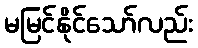
မမြင်နိုင်သော်လည်း